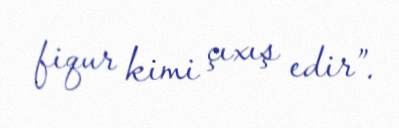
fiqur kimi çıxış edir”.